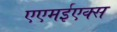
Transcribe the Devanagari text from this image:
एएमईएक्स